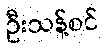
ဦးသန့်စင်